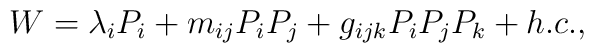
W =  \lambda_i P_i + m_{ij} P_iP_j + g_{ijk} P_iP_jP_k + h.c.,